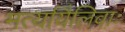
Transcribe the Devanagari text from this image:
मर्त्यायैलिवाः